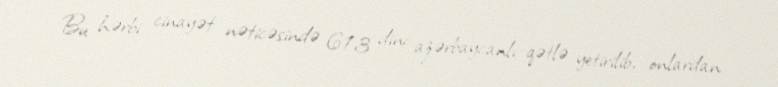
Bu hərbi cinayət nəticəsində 613 dinc azərbaycanlı qətlə yetirilib, onlardan